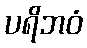
ပရိဘဝံ